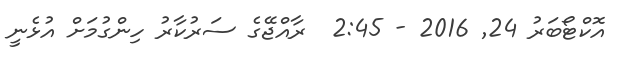
އޮކްޓޯބަރު 24